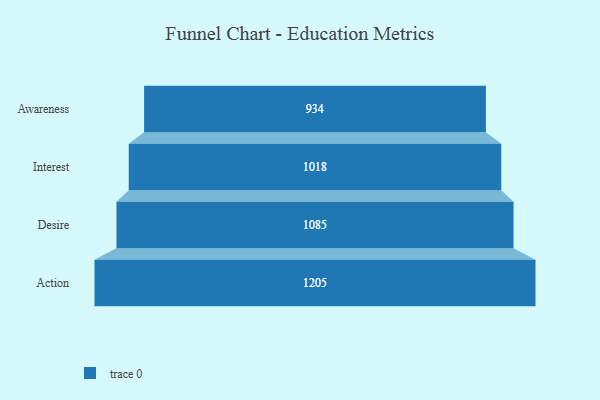
{"axis": {"x": "Stage", "y": "Value"}, "legend": [""], "data": [{"x": "Awareness", "y": 934.0, "type": ""}, {"x": "Interest", "y": 1018.0, "type": ""}, {"x": "Desire", "y": 1085.0, "type": ""}, {"x": "Action", "y": 1205.0, "type": ""}]}